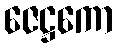
ဇေဋ္ဌကော